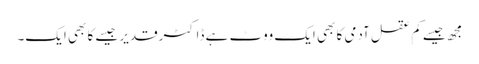
مجھ جیسے کم عقل آدمی کا بھی ایک ووٹ ہے ڈاکٹرقدیر جیسے کا بھی ایک۔